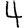
Digit: 4